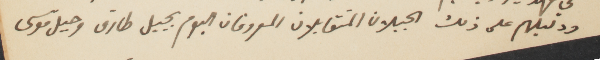
ودليلهم على ذلك الجبلان المتقابلان المعروفان اليوم يجبل طارق وجبل موسى